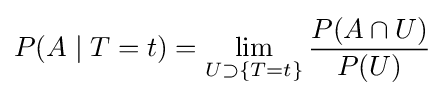
P(A\mid T=t)=\lim _{U\supset \{T=t\}}{\frac {P(A\cap U)}{P(U)}}